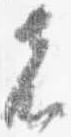
者